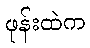
ဖုန်းထဲက